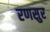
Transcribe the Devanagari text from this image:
रणसुर